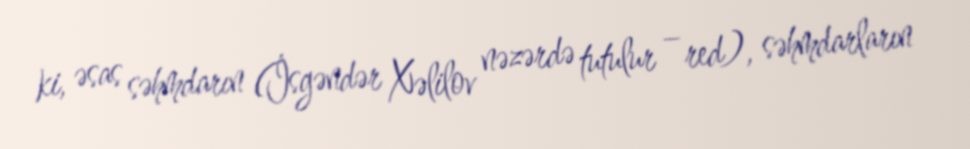
ki, əsas səhmdarın (İsgəndər Xəlilov nəzərdə tutulur – red), səhmdarların